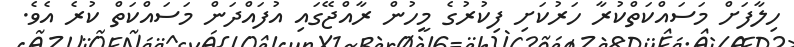
ހިލާފަށް މަސައްކަތްކުރާ ހަރުކަށި ފިކުރުގެ މީހުން ރާއްޖޭގައި އުފައްދަން މަސައްކަތް ކުރެ އެވެ.